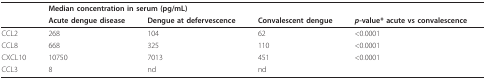
<table><thead><tr><td></td><td colspan="3"><b>Median concentration in serum (pg/mL)</b></td><td></td></tr><tr><td></td><td><b>Acute dengue disease</b></td><td><b>Dengue at defervescence</b></td><td><b>Convalescent dengue </b></td><td><b><i>p</i>-value* acute vs convalescence</b></td></tr></thead><tbody><tr><td>CCL2</td><td>268</td><td>104</td><td>62</td><td>&lt;0.0001</td></tr><tr><td>CCL8</td><td>668</td><td>325</td><td>110</td><td>&lt;0.0001</td></tr><tr><td>CXCL10</td><td>10750</td><td>7013</td><td>451</td><td>&lt;0.0001</td></tr><tr><td>CCL3</td><td>8</td><td>nd</td><td>nd</td><td></td></tr></tbody></table>